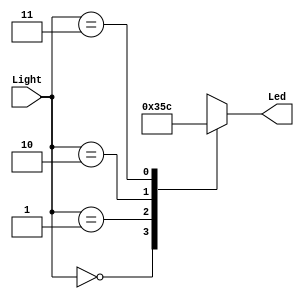
module Light_led(Light, Led);
	input [1:0] Light;
	output reg [3:0] Led;
	
	always @(*)
		case (Light)
			2'b00: Led <= 4'b0000;
			2'b01: Led <= 4'b0011;
			2'b10: Led <= 4'b0101;
			2'b11: Led <= 4'b1100;
		endcase
	
endmodule